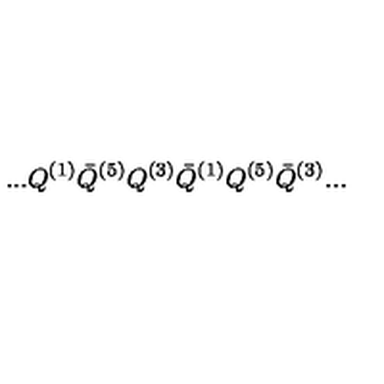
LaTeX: . . . Q ^ { ( 1 ) } { \bar { Q } } ^ { ( 5 ) } Q ^ { ( 3 ) } { \bar { Q } } ^ { ( 1 ) } Q ^ { ( 5 ) } { \bar { Q } } ^ { ( 3 ) } . . .